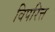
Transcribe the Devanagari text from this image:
विपरित्त